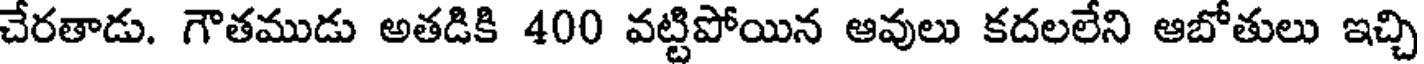
చేరతాడు. గౌతముడు అతడికి 400 వట్టిపోయిన ఆవులు కదలలేని ఆబోతులు ఇచ్చి